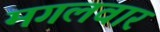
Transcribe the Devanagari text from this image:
मगलवार